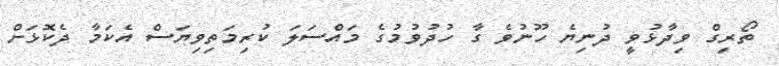
ތޯރިގް ވިދާޅުވީ ދުނިޔެ ހޫނުވެ ގާ ހުދުވުމުގެ މައްސަލަ ކުރިމަތިވިޔަސް އެކަމާ ދެކޮޅަށް